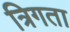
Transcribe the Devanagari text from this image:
त्रिगता